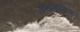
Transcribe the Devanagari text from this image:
अभ्यासग्रंथावरुन